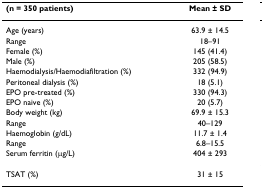
<table><thead><tr><td><b>(n = 350 patients)</b></td><td><b>Mean ± SD</b></td></tr></thead><tbody><tr><td>Age (years)</td><td>63.9 ± 14.5</td></tr><tr><td>Range</td><td>18–91</td></tr><tr><td>Female (%)</td><td>145 (41.4)</td></tr><tr><td>Male (%)</td><td>205 (58.5)</td></tr><tr><td>Haemodialysis/Haemodiafiltration (%)</td><td>332 (94.9)</td></tr><tr><td>Peritoneal dialysis (%)</td><td>18 (5.1)</td></tr><tr><td>EPO pre-treated (%)</td><td>330 (94.3)</td></tr><tr><td>EPO naive (%)</td><td>20 (5.7)</td></tr><tr><td>Body weight (kg)</td><td>69.9 ± 15.3</td></tr><tr><td>Range</td><td>40–129</td></tr><tr><td>Haemoglobin (g/dL)</td><td>11.7 ± 1.4</td></tr><tr><td>Range</td><td>6.8–15.5</td></tr><tr><td>Serum ferritin (μg/L)</td><td>404 ± 293</td></tr><tr><td>TSAT (%)</td><td>31 ± 15</td></tr></tbody></table>